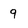
Character: g